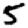
Digit: 5